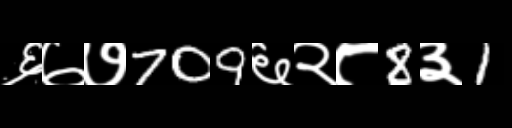
Text: ६७७709६२८8३1